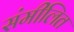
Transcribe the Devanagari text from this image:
संमीलित